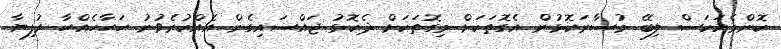
ކޮންމެއަކަސް ލިބޭ މުސާރަކޮޅުން އެގޮތަކަށް މިގޮތަކަށް ދެކޮޅު ޖައްސައިގެން އެއްކުރެވުނު ހަހާހެއްހާ ރުފިޔާ